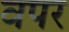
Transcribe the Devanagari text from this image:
वपर